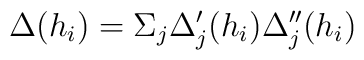
\Delta (h_i) = \Sigma_j \Delta'_j(h_i) \Delta''_j(h_i)